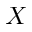
X